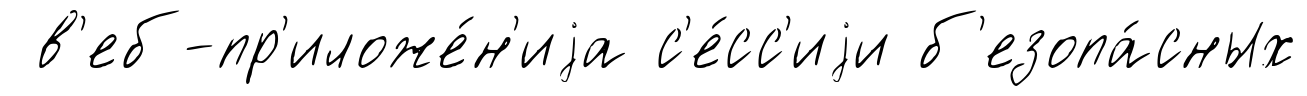
в'еб-пр'иложе́н'иjа с'е́сс'иjи б'езопа́сных